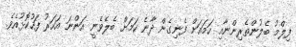
ފިލްމު ބެލުންތެރިންނާއި ހަމައަށް ފެނިގެން ދާނެ ކަމަށް ބެލެވެނީ އަންނަ އަހަރު ފަހުކޮޅުއެވެ.